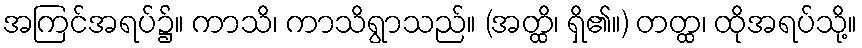
အကြင်အရပ်၌။ ကာသိ၊ ကာသိရွာသည်။ (အတ္ထိ၊ ရှိ၏။) တတ္ထ၊ ထိုအရပ်သို့။